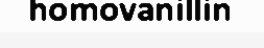
homovanillin